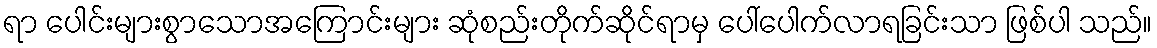
ရာ ပေါင်းများစွာသောအကြောင်းများ ဆုံစည်းတိုက်ဆိုင်ရာမှ ပေါ်ပေါက်လာရခြင်းသာ ဖြစ်ပါ သည်။